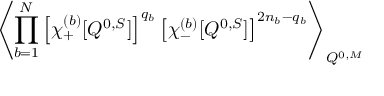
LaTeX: \left\langle \prod _ { b = 1 } ^ { N } \left[ \chi _ { + } ^ { ( b ) } [ Q ^ { 0 , S } ] \right] ^ { q _ { b } } \left[ \chi _ { - } ^ { ( b ) } [ Q ^ { 0 , S } ] \right] ^ { 2 n _ { b } - q _ { b } } \right\rangle _ { Q ^ { 0 , M } }